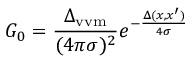
G _ { 0 } = \frac { \Delta _ { \mathrm { v v m } } } { ( 4 \pi \sigma ) ^ { 2 } } e ^ { - \frac { \Delta ( x , x ^ { \prime } ) } { 4 \sigma } }